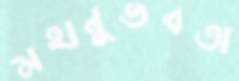
মহানুভবতা